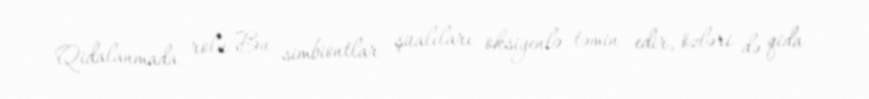
Qidalanmada rolu Bu simbiontlar şüalıları oksigenlə təmin edir, özləri də qida